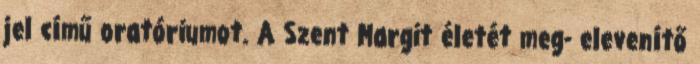
jel című oratóriumot. A Szent Margit életét meg- elevenítő